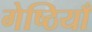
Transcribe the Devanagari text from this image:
गेष्ठियाँ